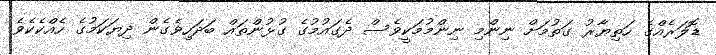
ޑޮލަރެއްގެ ހަތިޔާރު ގަތުމަށް ނިންމި ނިންމުމަކީވެސް ދެގައުމުގެ ގުޅުންތައް ބަދަހިވެގެން ދިޔަކަމުގެ ހެއްކެކެވެ.